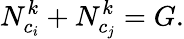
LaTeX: N_{c_{i}}^{k}+N_{c_{j}}^{k}=G.